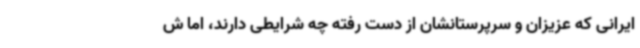
ایرانی که عزیزان و سرپرستانشان از دست رفته چه شرایطی دارند، اما ش